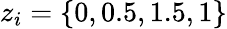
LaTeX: z_{i}=\{ 0,0.5,1.5,1\}